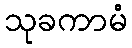
သုခကာမံ